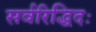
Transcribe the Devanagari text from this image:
सर्वरिद्धिदः